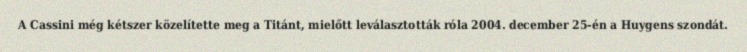
A Cassini még kétszer közelítette meg a Titánt, mielőtt leválasztották róla 2004. december 25-én a Huygens szondát.